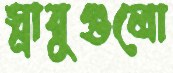
স্নায়ুগুলো